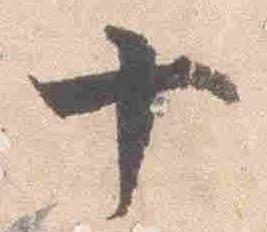
十